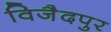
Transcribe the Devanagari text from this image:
विजैदपुर